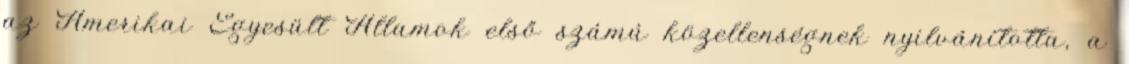
az Amerikai Egyesült Államok első számú közellenségnek nyilvánította, a